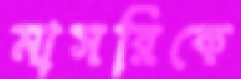
মাসরিকে